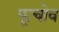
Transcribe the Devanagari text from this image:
फूचोव